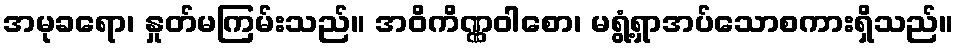
အမုခရော၊ နှုတ်မကြမ်းသည်။ အဝိကိဏ္ဏဝါစော၊ မရွံ့ရှာအပ်သောစကားရှိသည်။